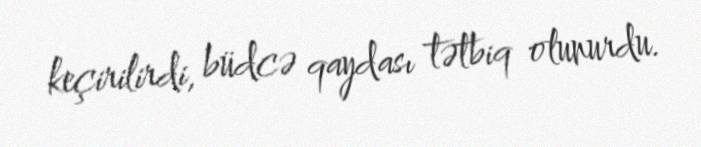
keçirilirdi, büdcə qaydası tətbiq olunurdu.